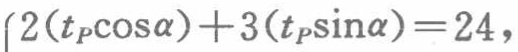
\(2(t_{P}\cos\alpha)+3(t_{P}\sin\alpha)=24\)